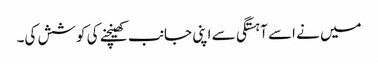
میں نے اسے آہستگی سے اپنی جانب کھینچنے کی کوشش کی۔